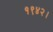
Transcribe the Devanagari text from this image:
१९४२।